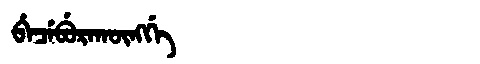
Manchu: ᠪᡝᠴᡝᠪᡠᡵᠠᡴᡡᠩᡤᡝ
Romanization: BECEBURAKŪNGGE